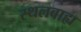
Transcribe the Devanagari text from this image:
स्थलबाह्य